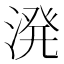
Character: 溌